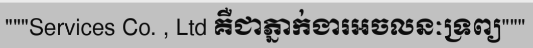
"""Services Co. , Ltd គឺជាភ្នាក់ងារអចលនៈទ្រព្យ"""